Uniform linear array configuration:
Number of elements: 12
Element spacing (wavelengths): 1
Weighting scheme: binomial
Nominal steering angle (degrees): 60
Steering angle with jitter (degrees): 58.27
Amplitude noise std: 0.05
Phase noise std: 0.05

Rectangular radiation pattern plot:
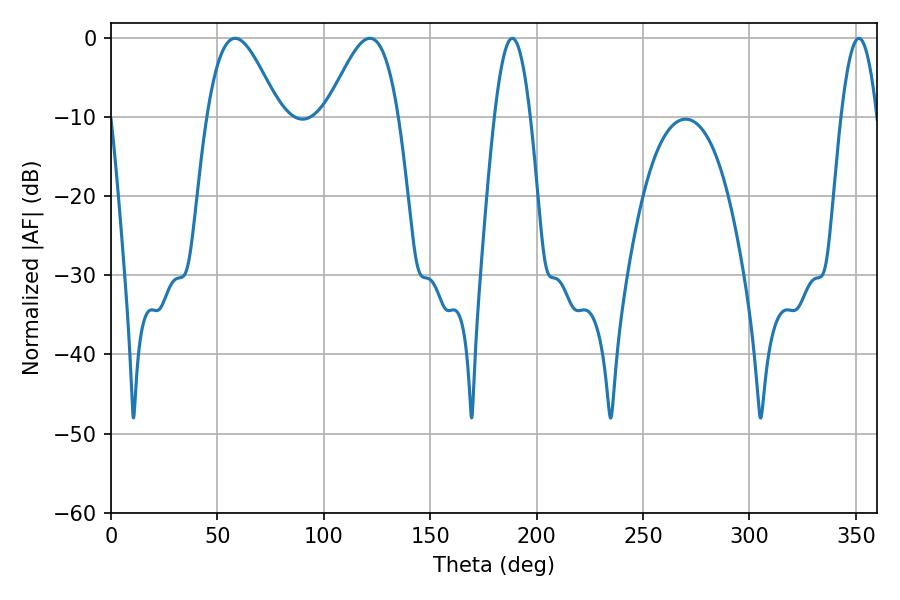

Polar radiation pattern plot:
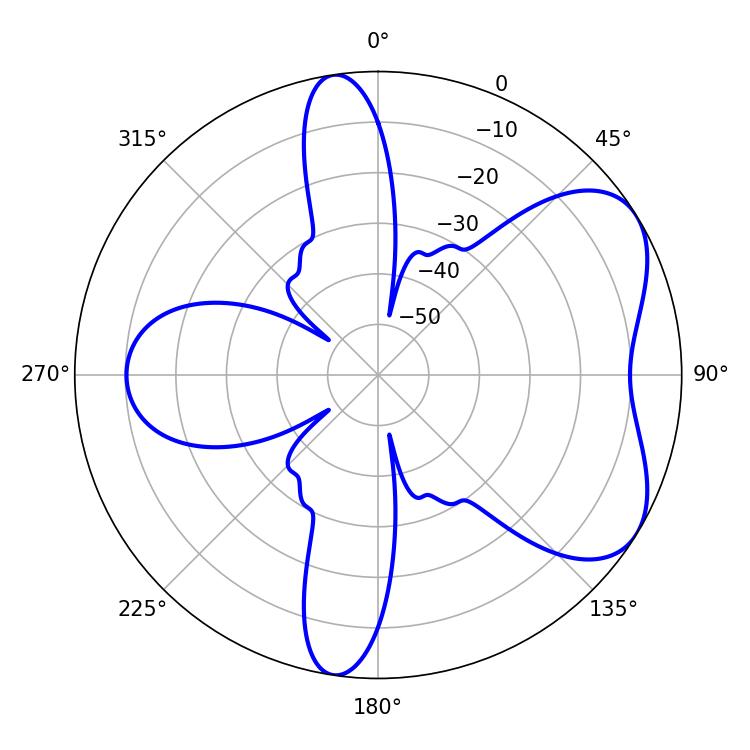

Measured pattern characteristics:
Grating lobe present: TRUE
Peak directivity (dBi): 5.698
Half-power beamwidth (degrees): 18
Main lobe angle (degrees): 58.32